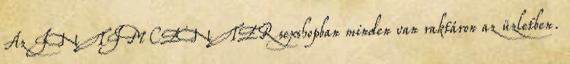
Az INTIM CENTER sexshopban minden van raktáron az üzletben.